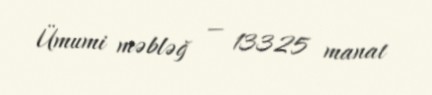
Ümumi məbləğ — 13325 manat